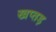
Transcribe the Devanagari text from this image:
खप्तड़